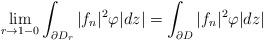
LaTeX: \begin{align*}\lim_{r\rightarrow1-0}\int_{\partial D_r}|f_n|^2\varphi |dz|=\int_{\partial D}|f_n|^2\varphi |dz|\end{align*}